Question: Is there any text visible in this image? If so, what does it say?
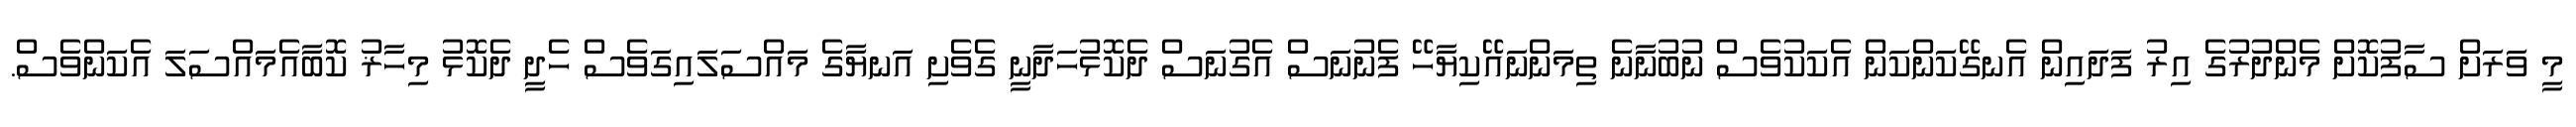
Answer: މީ ވަރަށް ސާފުކޮށް މެންދުރުގެ އިރު ފަދައިން އެނގޭކަންކަން އެކަކުވެސް ނުބުނާނެ ތިމަންނައޭކިޔާހޭ ފެނުނަސް އެގުނަސް ދެކޮޅުހަދާނީ ގެވެށި އަނޔާގެ މައްސަލައިގަވެސް ހެދީ ދެކޮޅު މިހާޜު ކޮބާއެމައްސަލަ އެކަންވެސް.